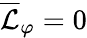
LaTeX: \overline{{\mathcal{L}}}_{\varphi}=0